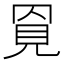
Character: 𧠓